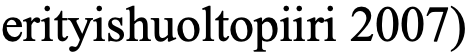
erityishuoltopiiri 2007)